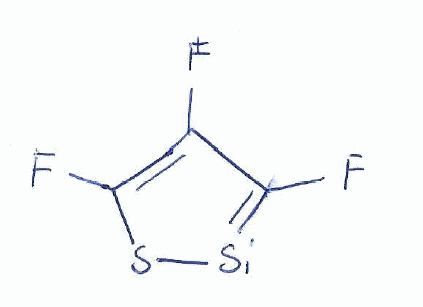
Simplified molecular-input line-entry system (SMILES) notation of the given molecule:
C1(=C(S[Si]=C1F)F)F